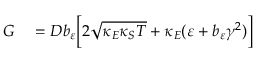
\begin{array} { r l } { G } & { { } = D b _ { \varepsilon } \bigg [ 2 \sqrt { \kappa _ { E } \kappa _ { S } T } + \kappa _ { E } ( \varepsilon + b _ { \varepsilon } \gamma ^ { 2 } ) \bigg ] } \end{array}